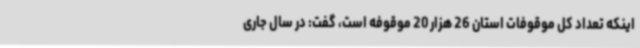
اینکه تعداد کل موقوفات استان 26 هزار 20 موقوفه است، گفت: در سال جاری